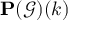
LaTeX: \mathbf { P } ( { \mathcal { G } } ) ( k )